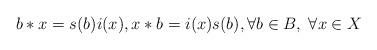
LaTeX: \begin{align*}b \ast x=s(b)i(x), x \ast b=i(x)s(b), \forall b \in B, \; \forall x \in X\end{align*}